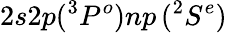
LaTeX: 2s2p(^{3}{P^{o}})np\, ({^2S^{e}})